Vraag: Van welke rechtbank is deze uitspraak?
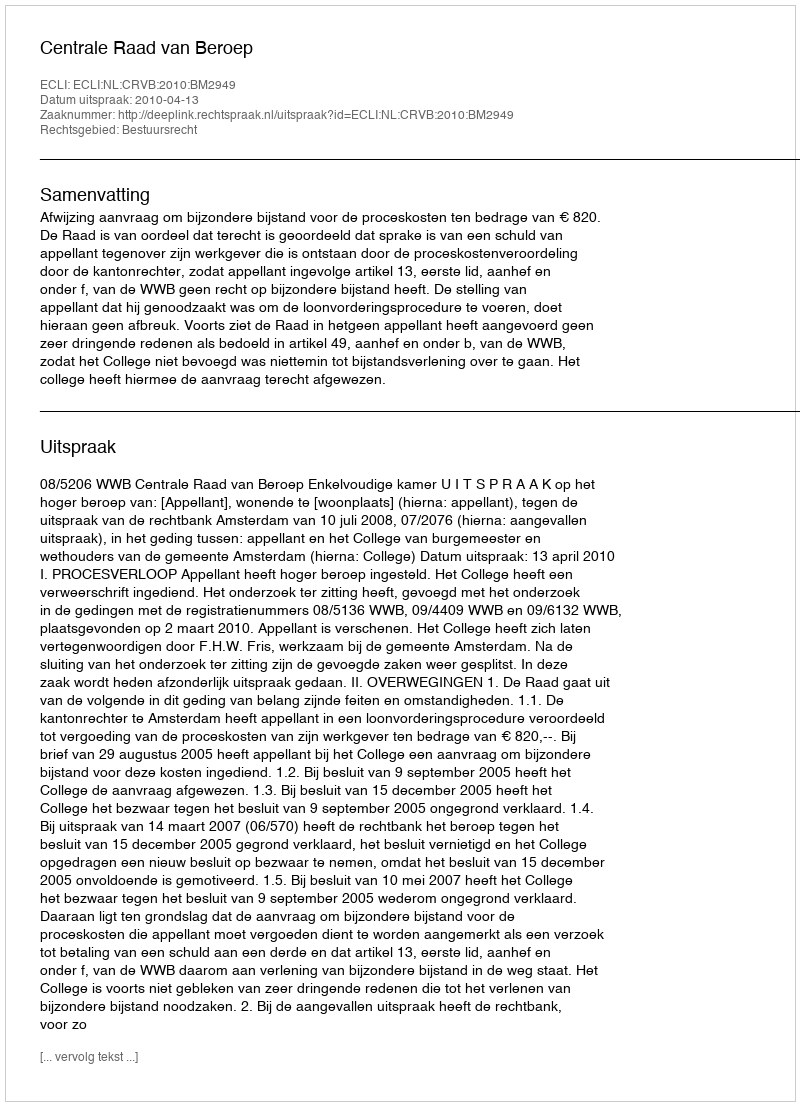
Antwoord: Centrale Raad van Beroep